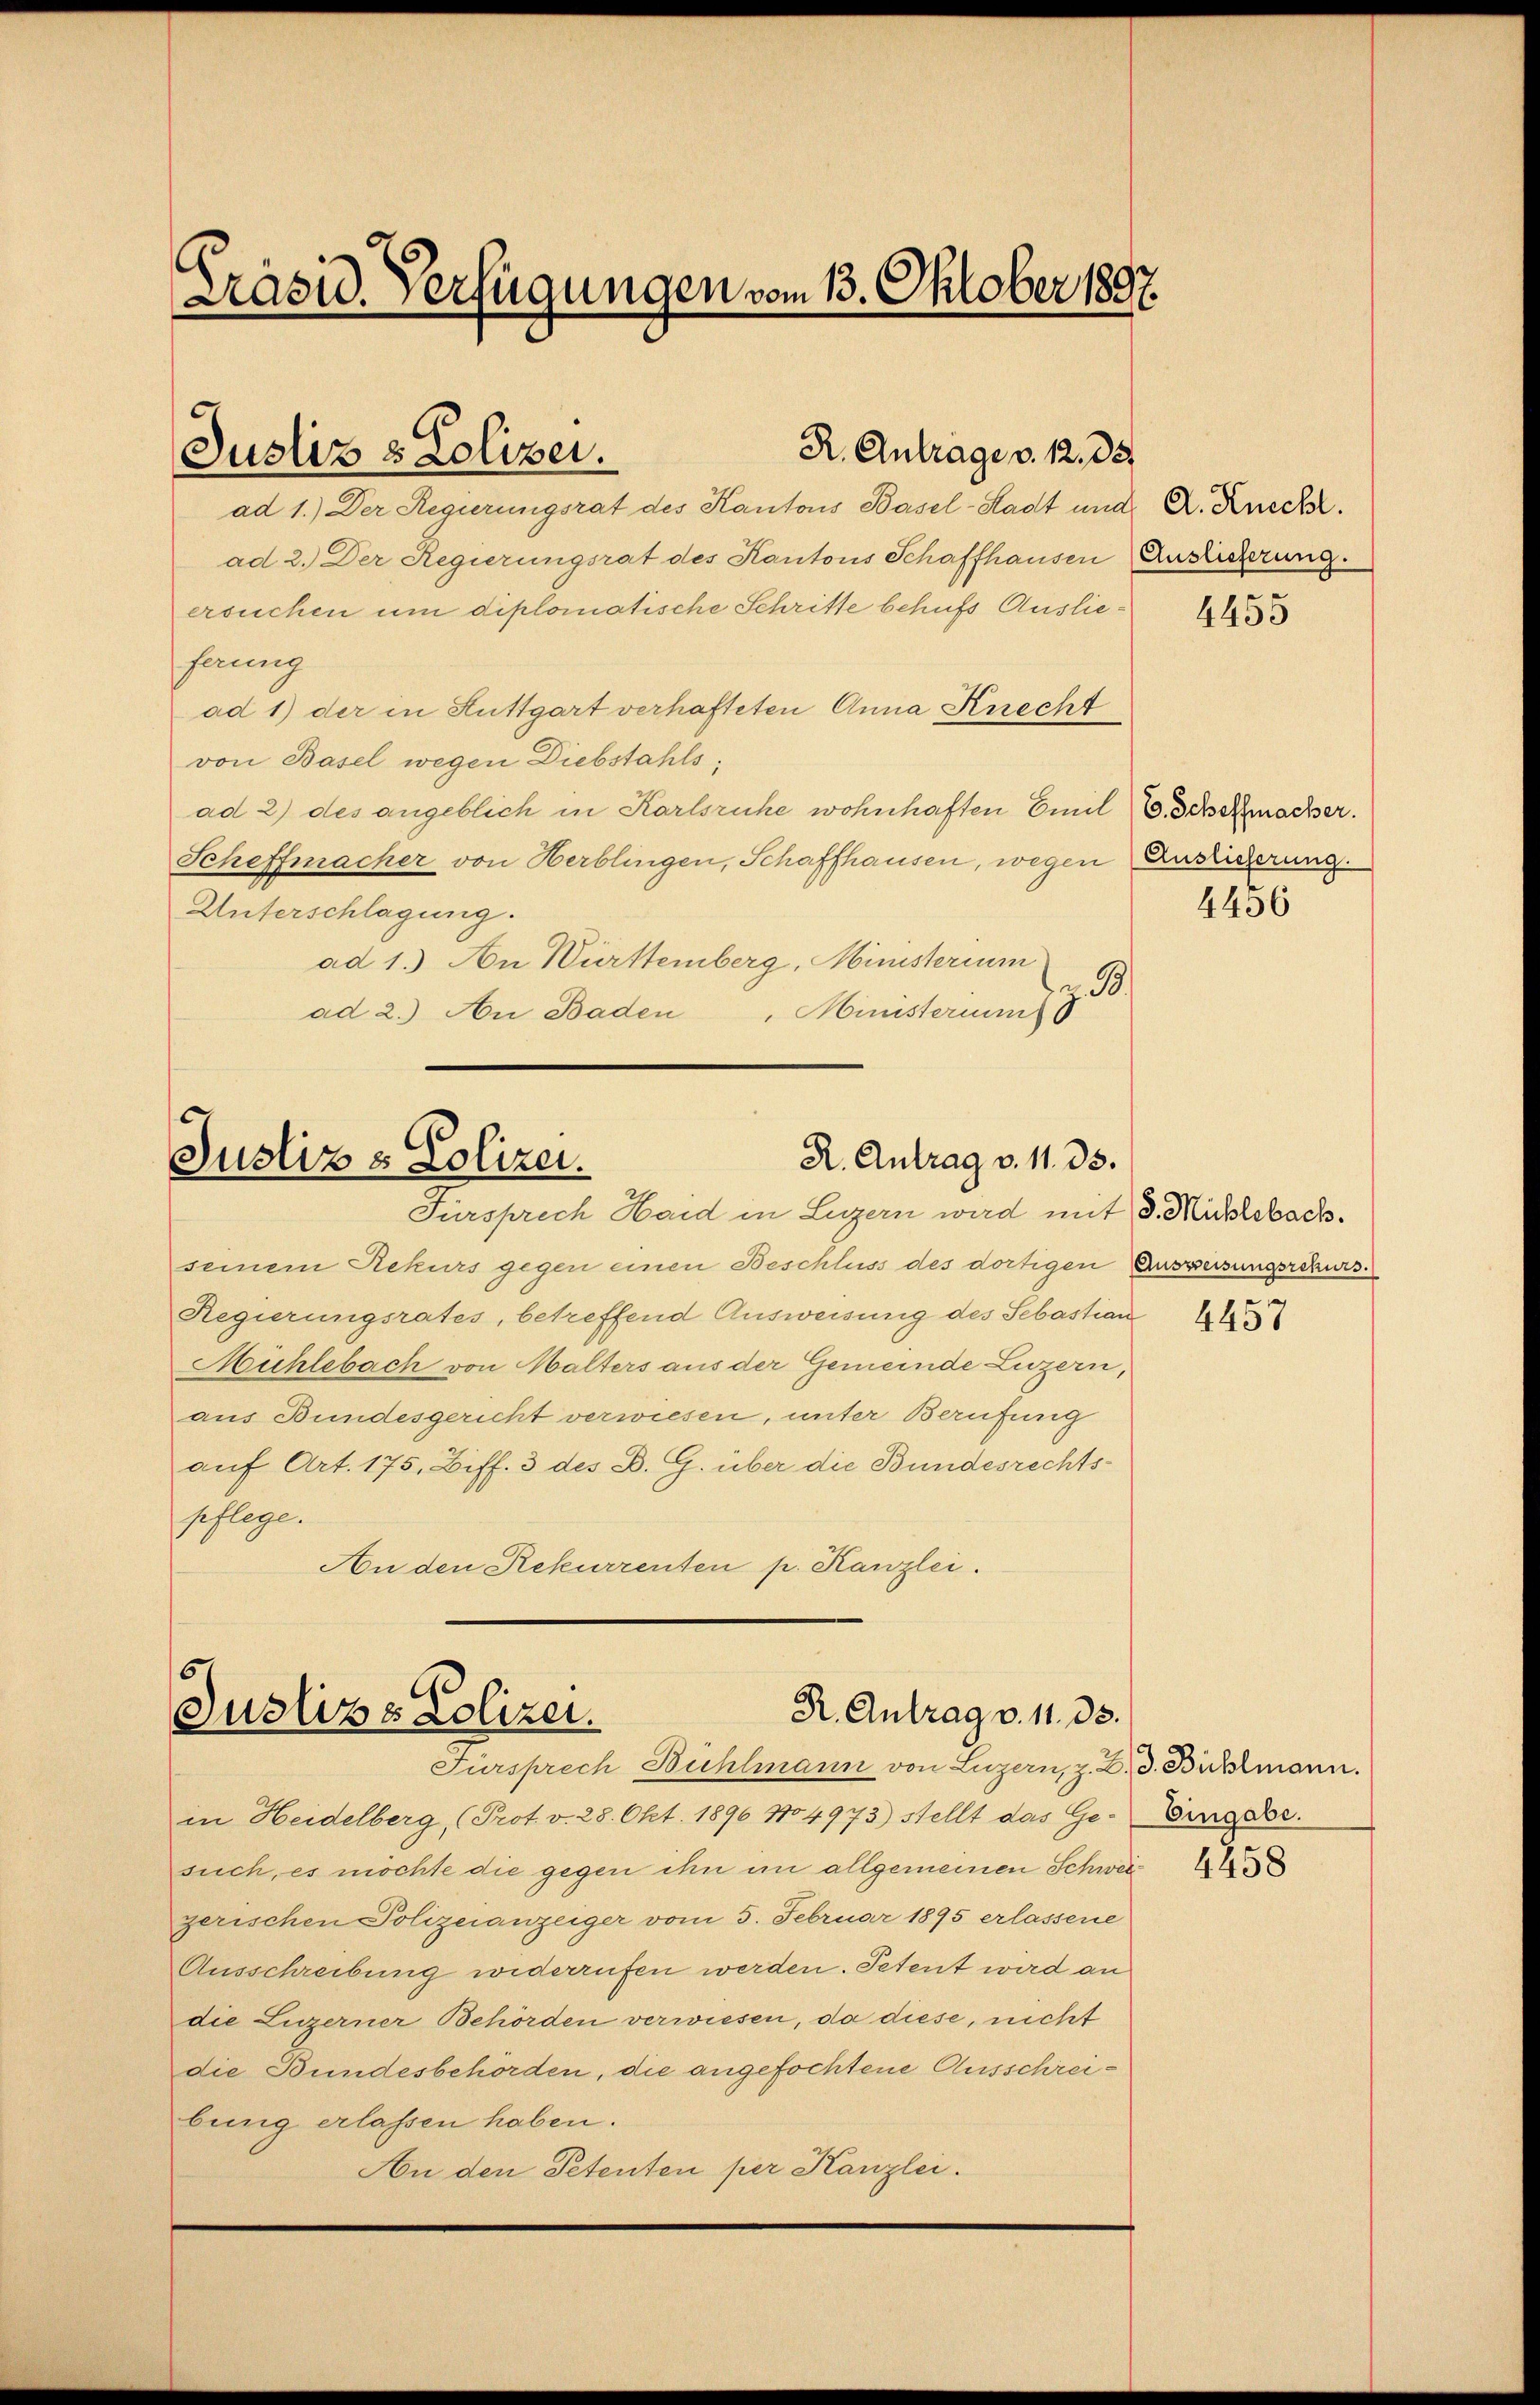
Präsid. Verfügungen vom 13. Oktober 1897.

Justiz & Polizei.

R. Antrage v. 12. 35

ad 1.) Der Regierungsrat des Kantons Basel-Stadt und K. Rueck.
ad 2.) Der Regierungsrat des Kantons Schaffhausen Auslieferung.
ersuchen um diplomatische Schritte behufs Ausliehang
ad 1) der in Stuttgart verhafteten Anna Knecht
von Basel wegen Diebstahls,
ad 2) des angeblich in Karlsruhe wohnhaften Emil E. Schacher.
Scheffmacher von Herblingen, Schaffhausen, wegen Ansiederung.
Unterschlagung.
ad 1.) An Württemberg, Ministerium
3
ad 2.) An Baden
Ministerium

R. Antrag v. 11. 35.
Justiz & Polizei.
Fürsprech Hard in Legern wird mit d. Michlebach.

6
R. Antrag v. 11. 33.
Justizs Polizei.
Fürsprech Bühlmann von Luzern, z. B. d. Bühlmann.

seinem Rekurs gegen einen Beschluss des dortigen Ausweisungsrekurs
Regierungsrates, betreffend Ausweisung des Sebastian
Mühlebach von Malters aus der Gemeinde Luzern,
aus Bundesgericht verwiesen, unter Berufung
auf Art. 175, Ziff. 3 des D. G. über die Bundesrechts-
pflege.
An den Rekurrenten p. Kanzlei.

in Heidelberg, (Prot. v. 28. Okt. 1896 104973) stellt das Ge- Eingabe.
such, es möchte die gegen ihn im allgemeinen Schwei
zerischen Polizeianzeiger vom 5. Februar 1895 erlassene
Ausschreibung widerrufen werden. Petent wird an
die Luzerner Behörden verwiesen, da diese, nicht
die Bundesbehörden, die angefochtene Ausschreiburg erlassen haben.
An den Petenten per Kanzlei.

4455

4456

4457

4458